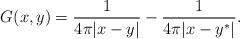
LaTeX: \begin{align*}G(x,y) = \frac 1{4\pi|x-y|} - \frac 1{4\pi|x-y^*|}.\end{align*}